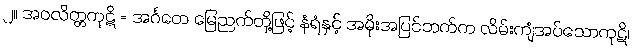
၂။ အဝလိတ္တကုဋိ = အင်္ဂတေ မြေညက်တို့ဖြင့် နံရံနှင့် အမိုးအပြင်ဘက်က လိမ်းကျံအပ်သောကုဋိ၊